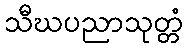
သီဃပညာသုတ္တံ